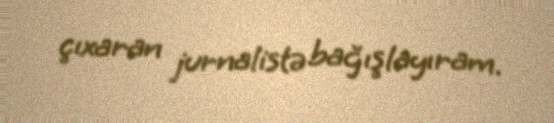
çıxaran jurnalistə bağışlayıram.